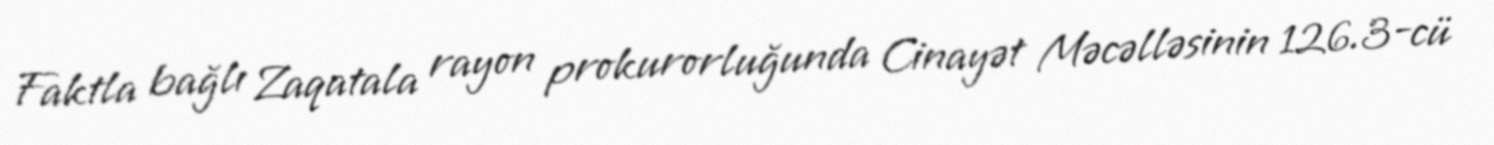
Faktla bağlı Zaqatala rayon prokurorluğunda Cinayət Məcəlləsinin 126.3-cü